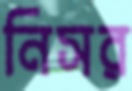
নিসর